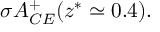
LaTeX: \sigma { \cal A } _ { C E } ^ { + } ( z ^ { * } \simeq 0 . 4 ) .